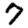
Digit: 7